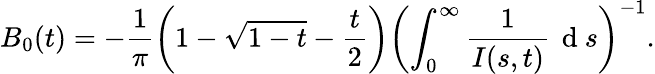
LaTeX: B_{0}(t)=-\frac{1}{\pi}\left(1-\sqrt{1-t}-\frac{t}{2}\right)\left(\int_{0}^{\infty}\frac{1}{I(s,t)}\, \mathrm{~d~}s\right)^{-1}.